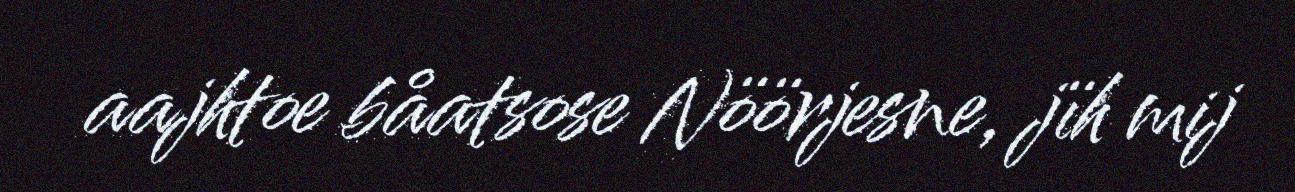
aajhtoe båatsose Nöörjesne, jïh mij